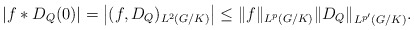
\begin{align*}\left|f\ast D_Q(0)\right|=\left|(f,D_Q)_{L^2(G/K)}\right|\leq\|f\|_{L^p(G/K)}{\|D_Q\|_{L^{p'}(G/K)}}.\end{align*}